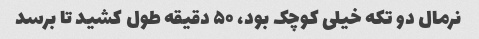
نرمال دو تکه خیلی کوچک بود، ۵۰ دقیقه طول کشید تا برسد